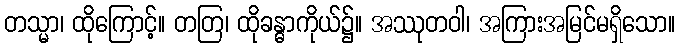
တသ္မာ၊ ထိုကြောင့်။ တတြ၊ ထိုခန္ဓာကိုယ်၌။ အဿုတဝါ၊ အကြားအမြင်မရှိသော။